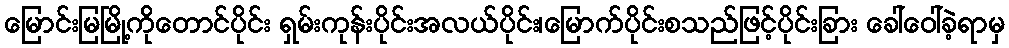
မြောင်းမြမြို့ကိုတောင်ပိုင်း ရှမ်းကုန်းပိုင်းအလယ်ပိုင်း၊မြောက်ပိုင်းစသည်ဖြင့်ပိုင်းခြား ခေါ်ဝေါ်ခဲ့ရာမှ